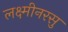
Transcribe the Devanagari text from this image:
लक्ष्मीनरसु